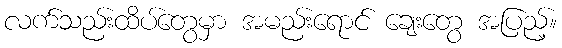
လက်သည်းထိပ်တွေမှာ အမည်းရောင် ချေးတွေ အပြည့်။